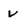
Character: v